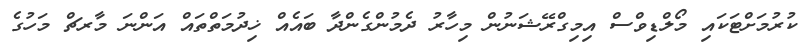
ކުރުމަށްޓަކައި މޯލްޑިވްސް އިމިގްރޭޝަނުން މިހާރު ދެމުންގެންދާ ބައެއް ޚިދުމަތްތައް އަންނަ މާރޗް މަހުގެ